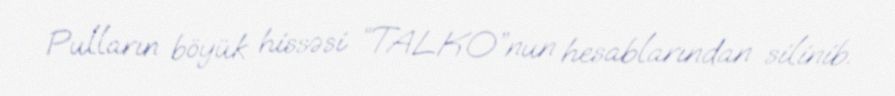
Pulların böyük hissəsi “TALKO”nun hesablarından silinib.